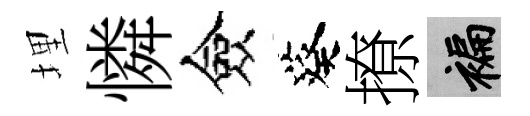
埋憐僉葵撩褊